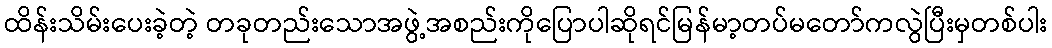
ထိန်းသိမ်းပေးခဲ့တဲ့ တခုတည်းသောအဖွဲ့အစည်းကိုပြောပါဆိုရင်မြန်မာ့တပ်မတော်ကလွဲပြီးမှတစ်ပါး